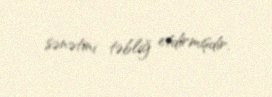
sənətini təbliğ etdirmişdir.